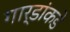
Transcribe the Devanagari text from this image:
गार्डांकडे